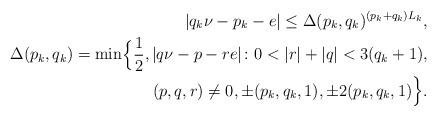
LaTeX: \begin{align*}|q_k\nu-p_k-e|\leq\Delta(p_k,q_k)^{(p_k+q_k)L_{k}}, \\\Delta(p_k,q_k)=\min\Bigl\{\frac{1}{2}, |q\nu-p-re|\colon 0<|r|+|q|<3(q_k+1), \\ (p,q,r)\neq 0, \pm(p_k,q_k,1), \pm2(p_k,q_k,1)\Bigr\}.\end{align*}